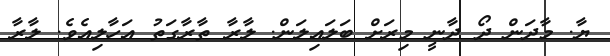
ޔާ. މާދަން ދޯ ދާނީ މިރަށް ބަލައިލަން. ލާރާ ތާރާގަތު އަހާލިއެވެ. ލާރާ